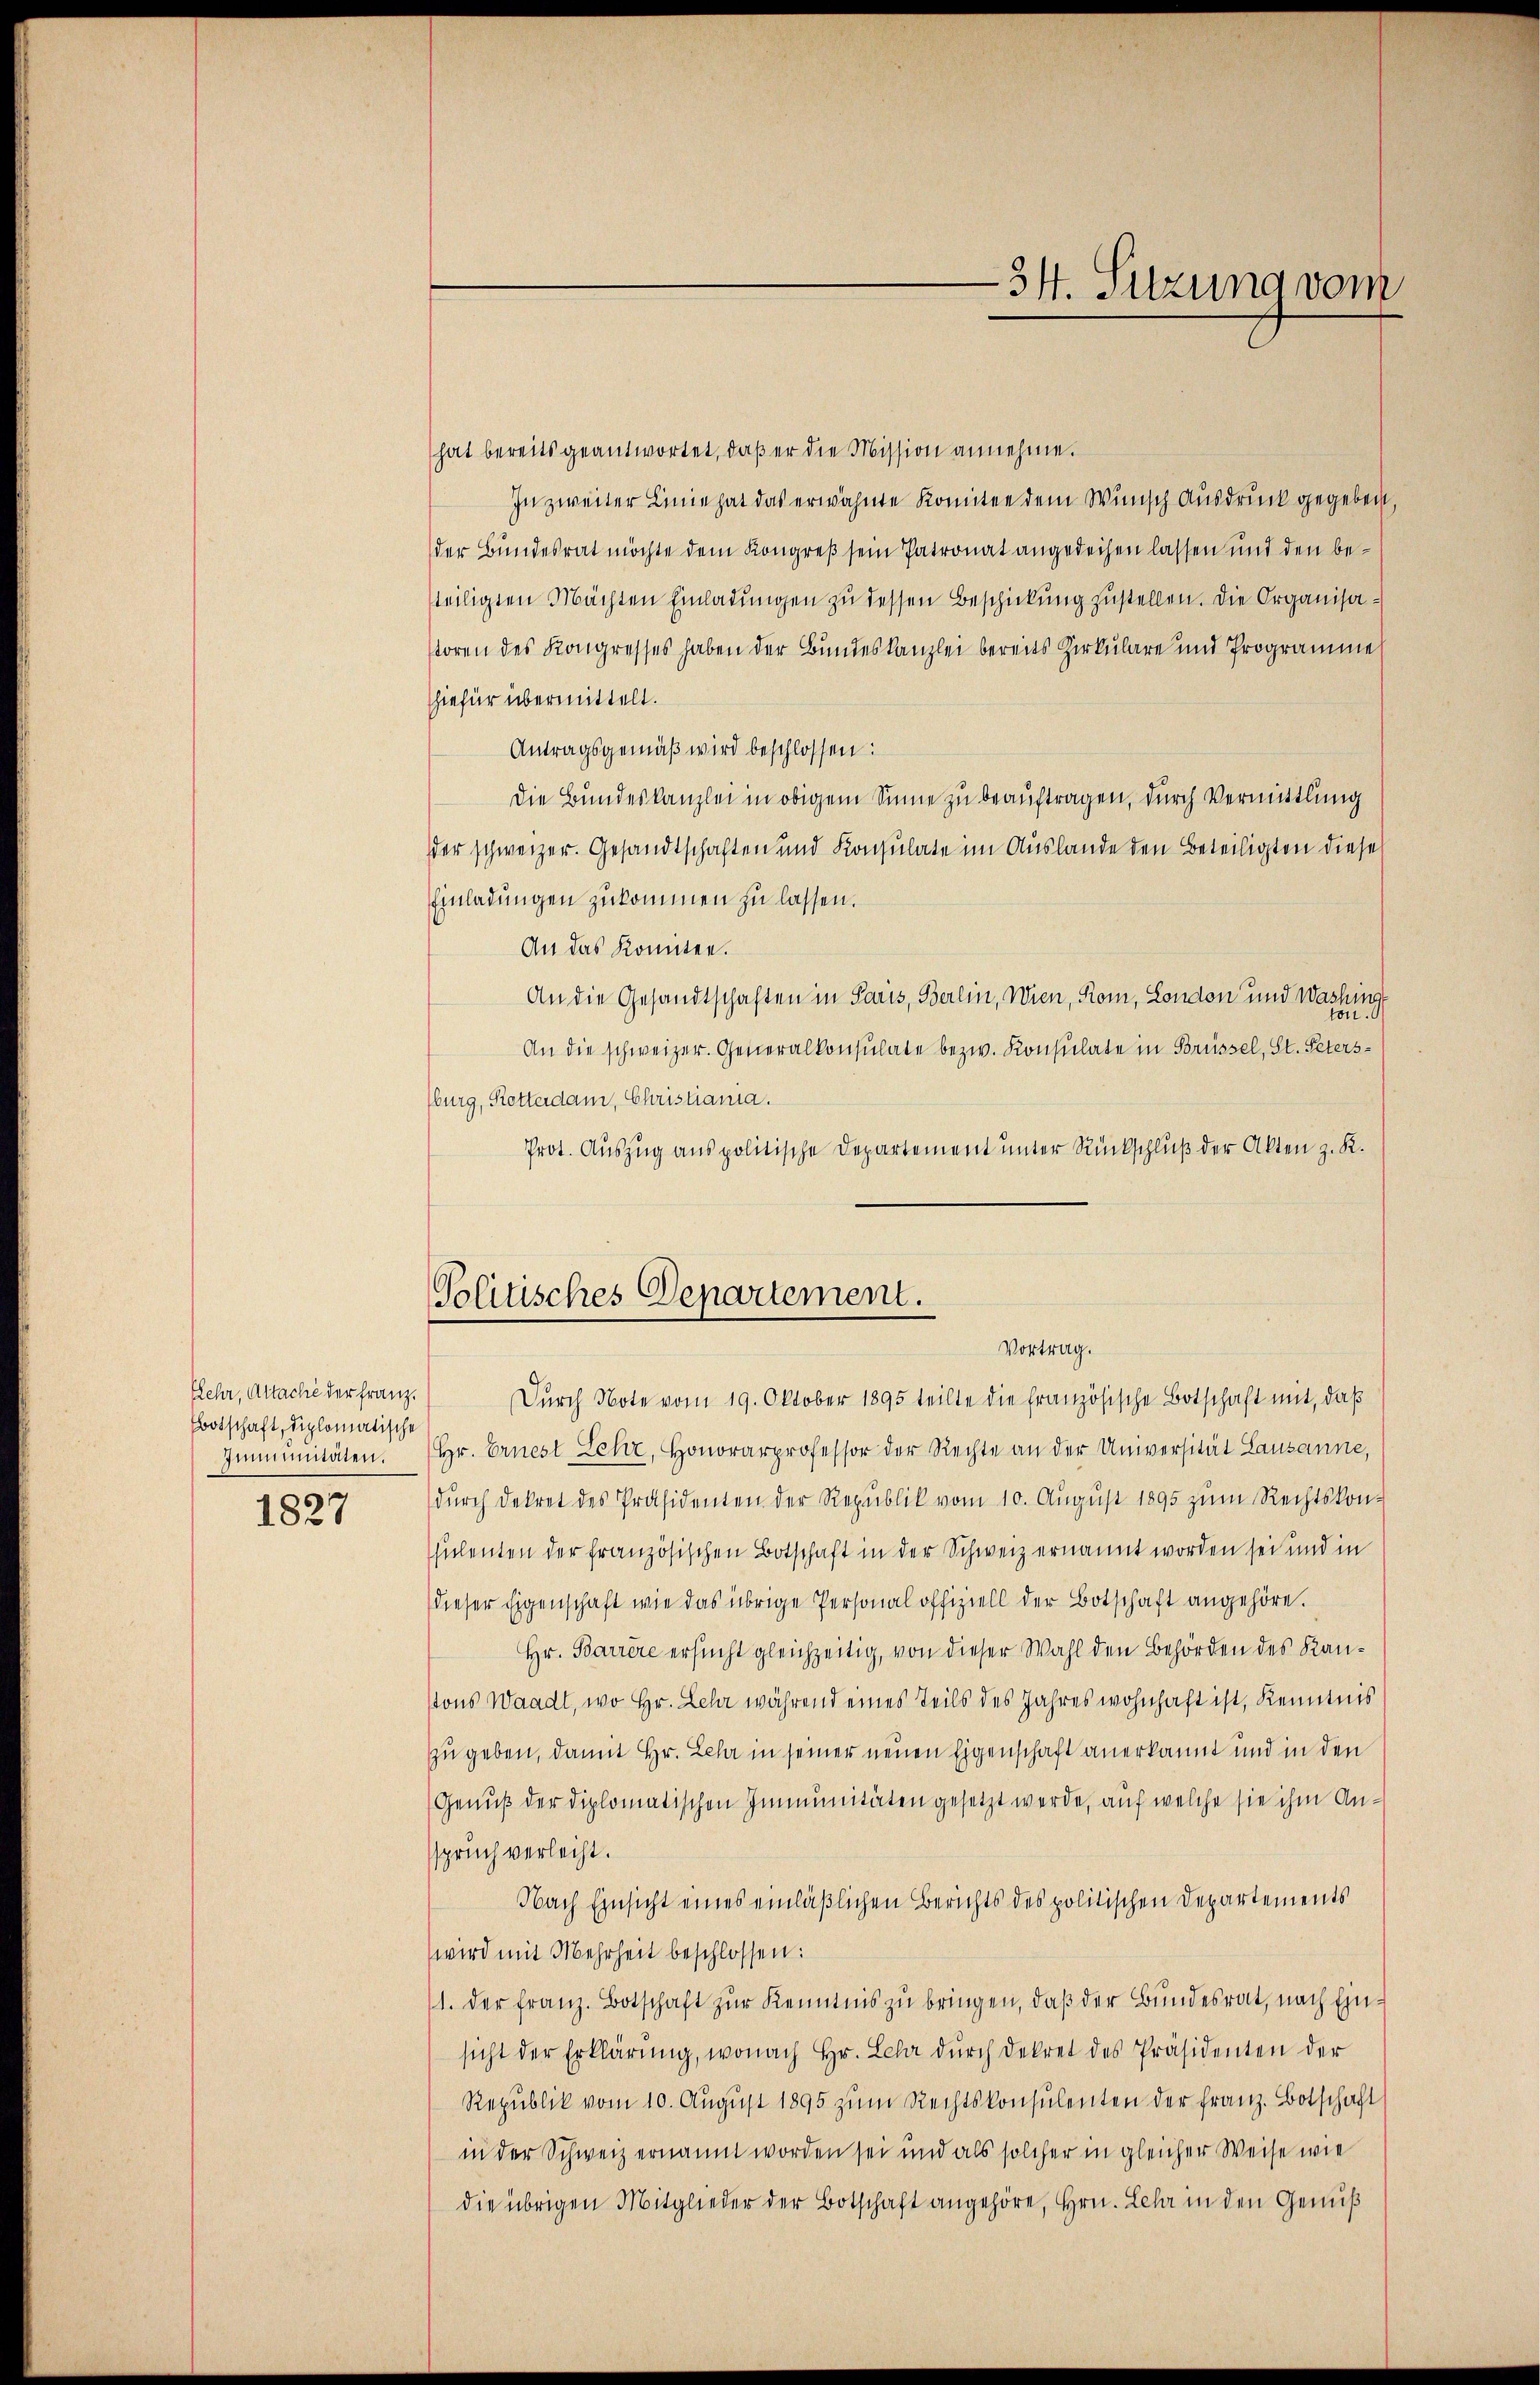
Kehr, Altache der Franz.
botschaft, diplomatische
Immunitäten.

1827

34. Sitzung vom

hat bereits geantwortet, daß er die Mission annehme.
In zweiter Linie hat das erwähnte Komitee dem Wunsch Ausdruck gegeben,
der Bundesrat möchte dem Kongreß sein Patronat angedeihen lassen und den besteiligten Machten Einladŭngen zu dessen Beschickung zustellen. Die Organisastoren des Kongresses haben der Bundeskanzlei bereits Zirkulare und Programme
hiefür übermittelt.
Antragsgemäß wird beschlossen:
Die Bundeskanzlei in obigem Sinne zu beauftragen, durch Vermittlung
der schweizer. Gesandtschaften und Konsulate im Auslande den Beteiligten diese
Einladungen zukommen zu lassen.
An das konnten.
An die Gesandtschaften in Paris, Berlin, Wien, Rom, London und Washing
on 3
An die schweizer. Generalkonsulate bezw. Konsulate in Brüssel, St. Petersburg, Rotterdam, Christiania.
Prot. Auszug aus politische Departement unter Rückschluß der Akten z. R.
Politisches Departement.

Vortrag.

Dŭrch Note vom 19. Oktober 1895 teilte die französische Botschaft mit, daß
Hr. Ernest Lehr, Honorarprofessor der Rechte an der Universität Lausanne,
dŭrch Dekret des Präsidenten der Republik vom 10. Aŭgŭst 1895 zum Rechtskon-
sulenten der französischen Botschaft in der Schweiz ernannt worden sei und in
dieser Eigenschaft wie das übrige Personal offiziell der Botschaft angehöre.
Hr. Barrère ersucht gleichzeitig, von dieser Wahl den Behörden des Kanstons Waadt, wo Hr. Lehr während eines Teils des Jahres wohnhaft ist, Kenntnis
zu geben, damit Hr. Lehr in seiner neuen Eigenschaft anerkannt und in den
Genuß der diplomatischen Immunitäten gesetzt werde, auf welche sie ihm Anspruch verleiht.
Nach Einsicht eines einläßlichen Berichts des politischen Departements
wird mit Mehrheit beschlossen:
11. der Franz. Botschaft zur Kenntnis zu bringen, daß der Bundesrat, nach Einsicht der Erklärŭng, wonach Hr. Lehr dŭrch Dekret des Präsidenten der
Republik vom 10. Aŭgŭst 1895 zum Rechtskonsulenten der Franz. Botschaft
in der Schweiz ernannt worden sei und als solcher in gleicher Weise wie
die übrigen Mitglieder der Botschaft angehöre, Hrn. Lehr in den Geniß